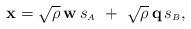
LaTeX: \begin{align*} \mathbf{x} = \sqrt{\rho} \, \mathbf{w} \, s_{\scriptscriptstyle{A}} \hphantom{~}+\hphantom{~} \sqrt{\rho} \, \mathbf{q} \, s_{\scriptscriptstyle{B}},\end{align*}